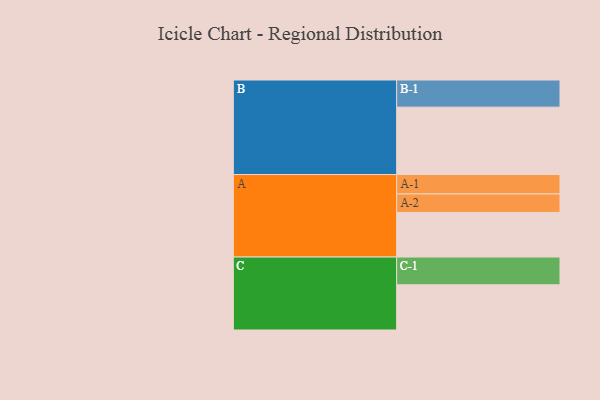
{"axis": {"x": "Segment", "y": "Value"}, "legend": ["", "A", "B", "C"], "data": [{"x": "A", "y": 370, "type": ""}, {"x": "B", "y": 559, "type": ""}, {"x": "C", "y": 375, "type": ""}, {"x": "A-1", "y": 161, "type": "A"}, {"x": "A-2", "y": 153, "type": "A"}, {"x": "B-1", "y": 225, "type": "B"}, {"x": "C-1", "y": 230, "type": "C"}]}